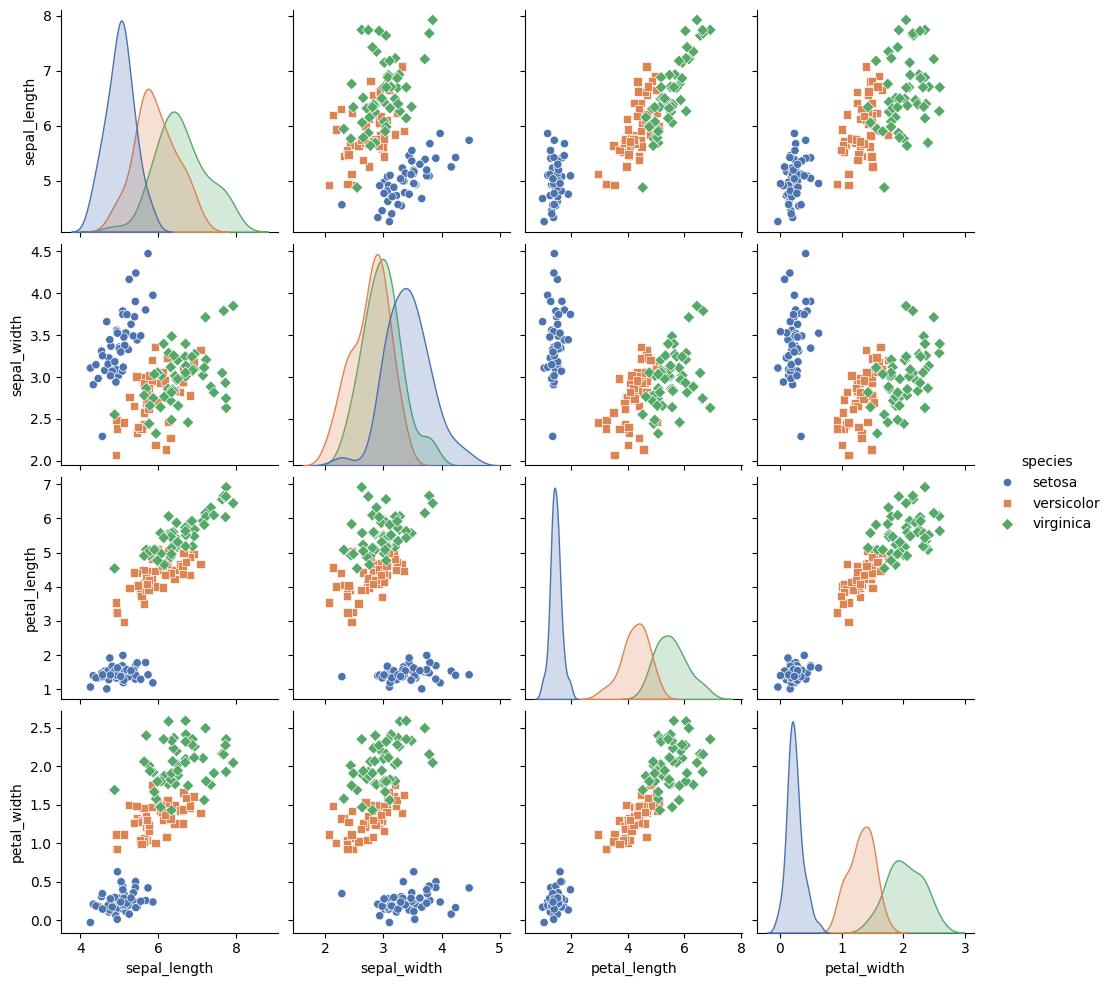
python, seaborn, pairplot, palette='deep', markers=['o', 's', 'D'], kind='scatter', diag_kind='auto'